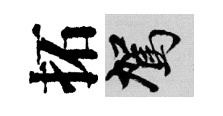
拓駕